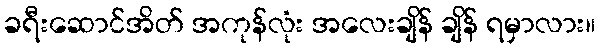
ခရီးဆောင်အိတ် အကုန်လုံး အလေးချိန် ချိန် ရမှာလား။